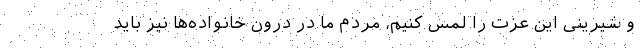
و شیرینی این عزت را لمس کنیم، مردم ما در درون خانواده‌ها نیز باید